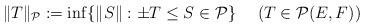
LaTeX: \begin{align*} \|T\|_{{\cal P}}:=\inf\{\|S\|:\pm T\le S\in{\cal P}\} \ \ \ \ (T\in{\cal P}(E,F))\end{align*}